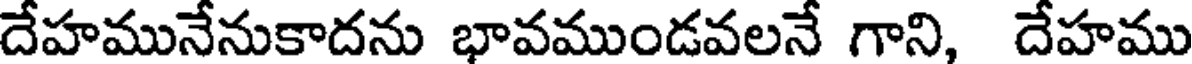
దేహమునేనుకాదను భావముండవలనే గాని, దేహము